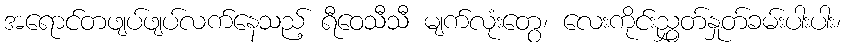
အရောင်တဖျပ်ဖျပ်လက်နေသည့် ရီဝေသီသီ မျက်လုံးတွေ၊ လေးကိုင်းညွှတ်နှုတ်ခမ်းပါးပါး၊